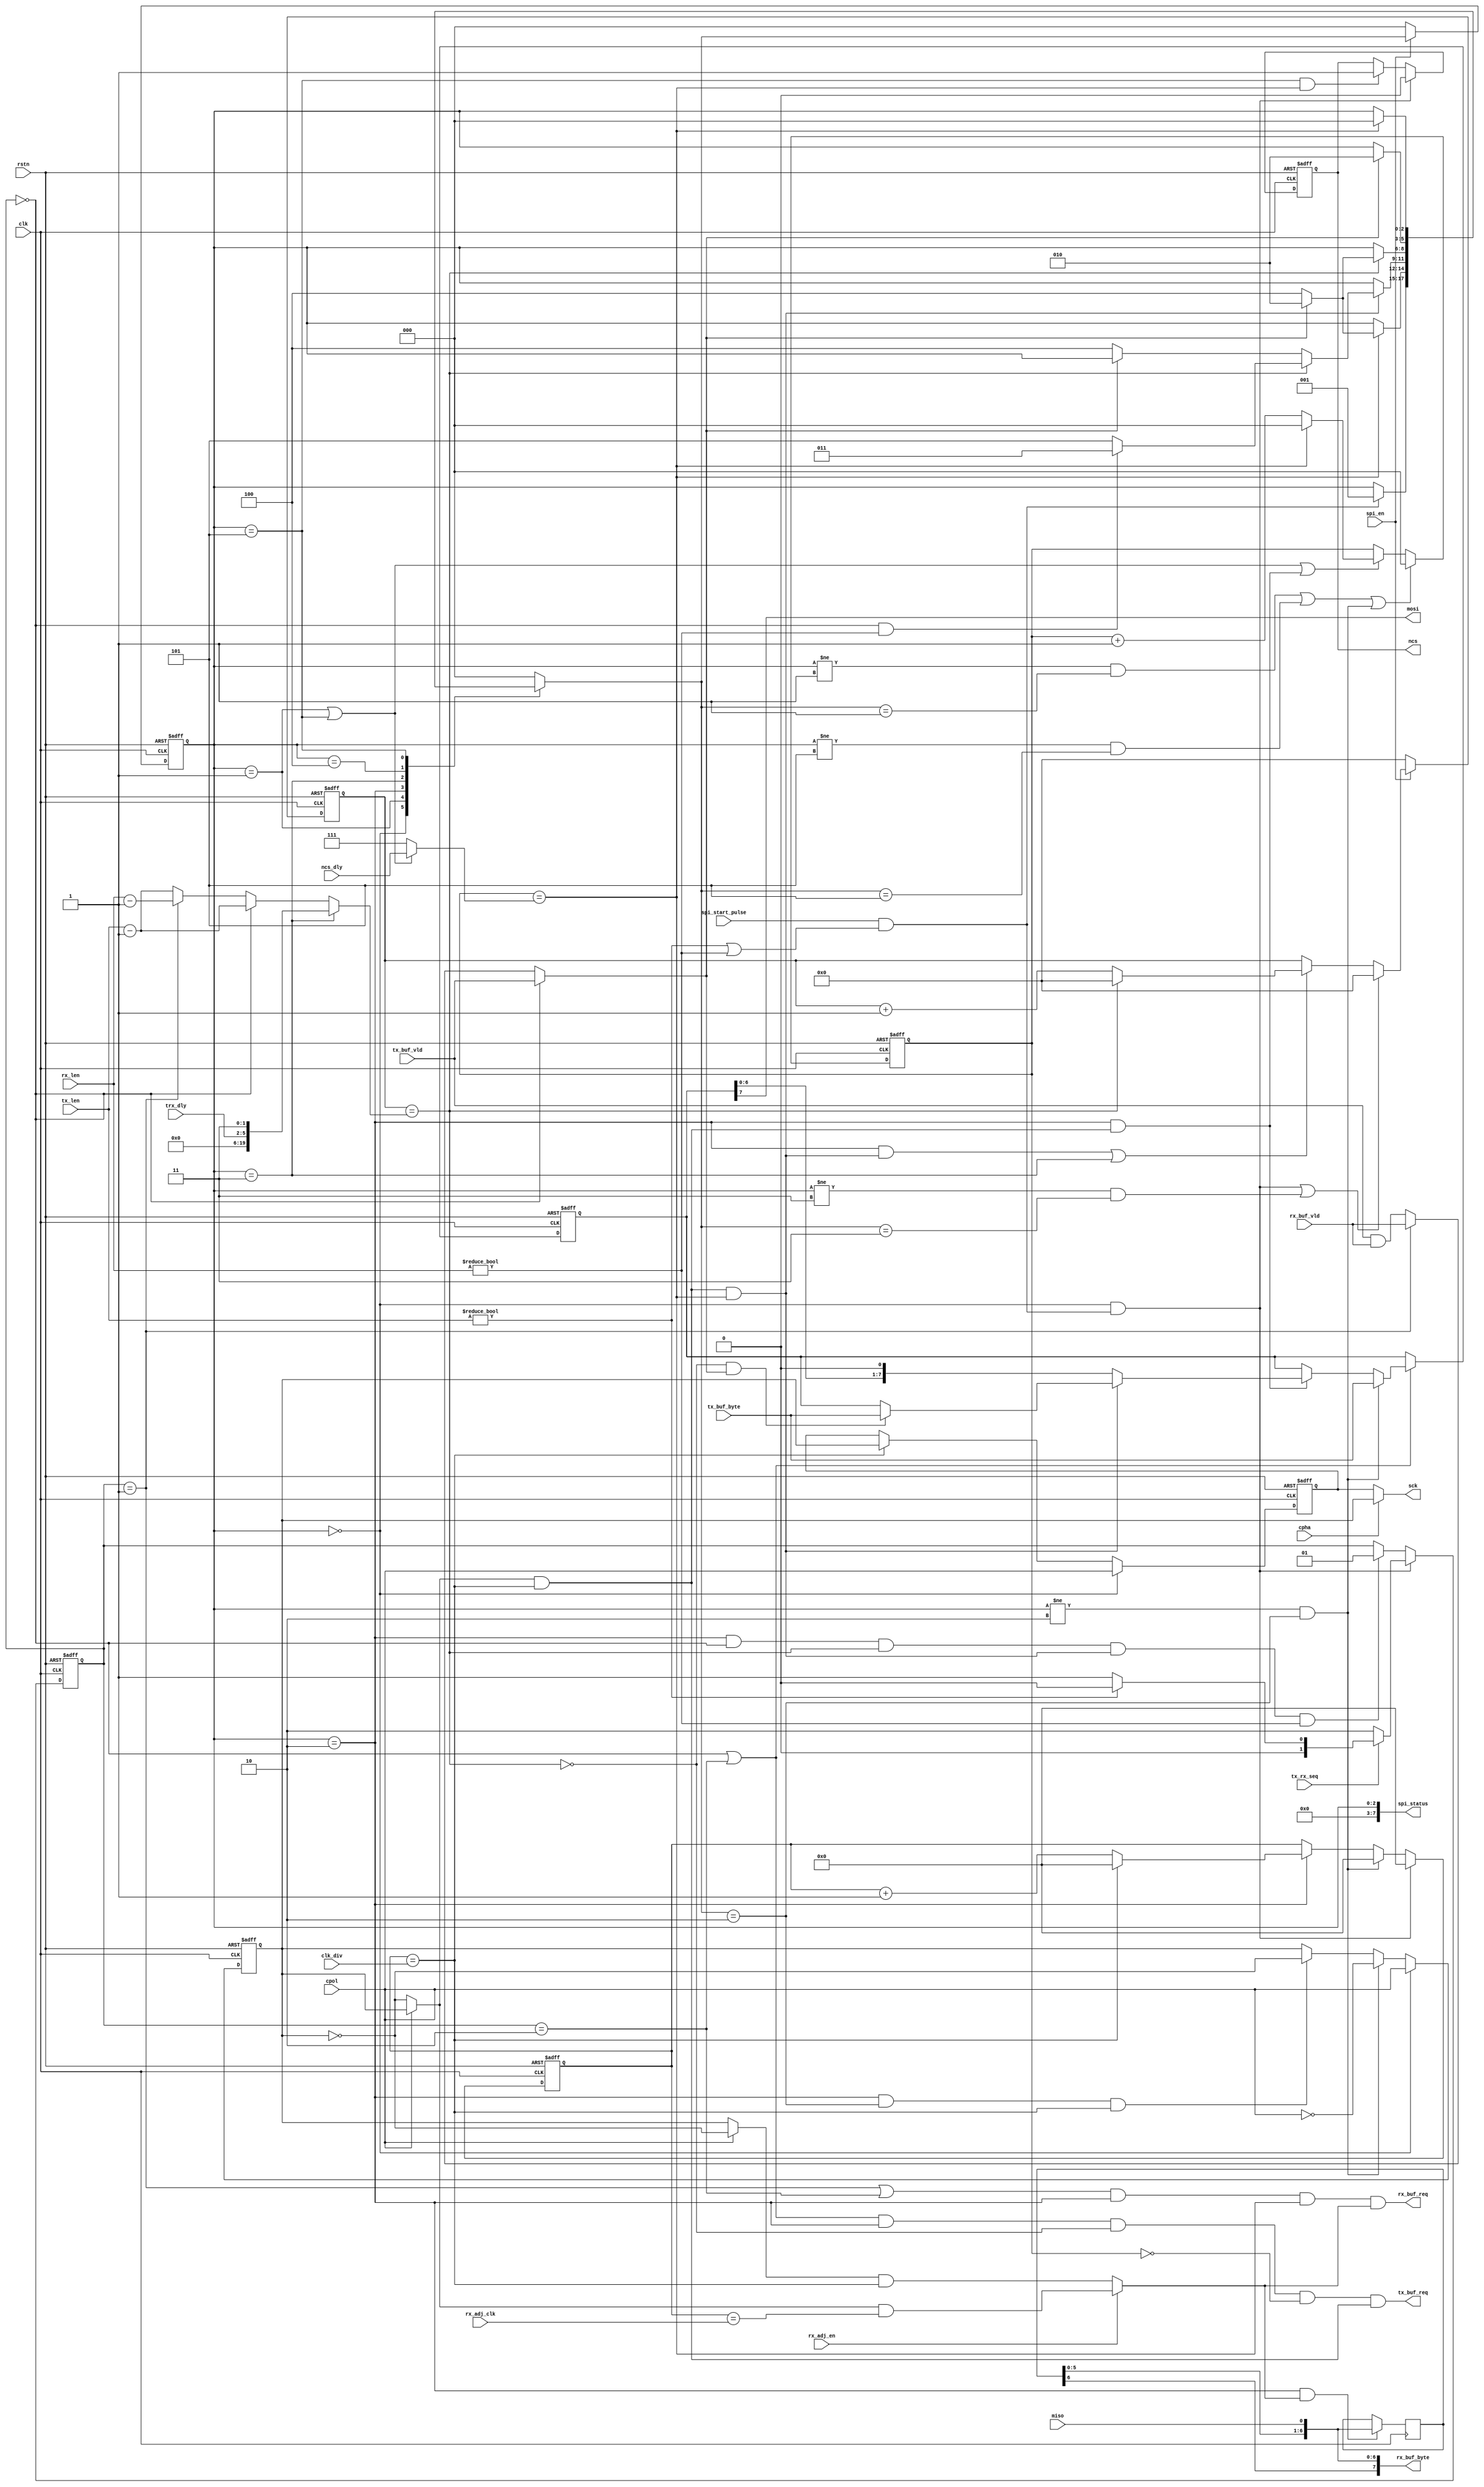


module spi_master (
    // sys
    input                           rstn,
    input                           clk,
    // byte intf
    input                           tx_buf_vld, // one data byte valid to be transmitted
    input       [7:0]               tx_buf_byte,
    output                          tx_buf_req,
    output                          rx_buf_req,
    output      [7:0]               rx_buf_byte,
    input                           rx_buf_vld, // rx buffer is empty to receive one byte
    // reg
    input                           spi_en,
    input                           spi_start_pulse,
    input                           tx_rx_seq,
    input       [19:0]              tx_len,
    input       [19:0]              rx_len,
    input       [3 :0]              clk_div,
    input                           cpha,
    input                           cpol,
    input                           rx_adj_en,
    input       [3 :0]              rx_adj_clk,
    input       [2 :0]              ncs_dly,
    input       [3 :0]              trx_dly,
    // spi pin
    output reg                      ncs,
    output                          sck,
    output                          mosi,
    input                           miso,
    // status
    output      [7:0]               spi_status
);

// macro
localparam IDLE                 = 3'd0;
localparam NCS_LOW              = 3'd1;
localparam DATA_BYTE            = 3'd2;
localparam TX_RX_DELAY          = 3'd3;
localparam WAIT_BUF             = 3'd4;
localparam NCS_HIGH             = 3'd5;
// const
localparam SPI_TX               = 3'd0;
localparam SPI_RX               = 3'd1;
localparam SPI_TRANS            = 3'd2;
// signals
reg [2:0] st_curr, st_next; reg [1:0] trans_state; reg [2:0] bit_cnt; reg [19:0] byte_cnt; reg [3:0] clk_cnt;
wire [2:0] bit_cnt_max; wire [19:0] byte_cnt_max;
wire bit_cnt_end, bit_end, byte_cnt_end, clk_cnt_end, trx_dly_end;
wire buf_valid, ncs_dly_end, rx_data_en, tx_data_en, tx_edge, rx_edge;
reg sck_raw, sck_shift; reg [7:0] tx_shift; reg [6:0] rx_shift;

//---------------------------------------------------------------------------
// Assignment
//---------------------------------------------------------------------------
// en & start
assign tx_data_en                   = tx_len != 0;
assign rx_data_en                   = rx_len != 0;
assign spi_start                    = spi_start_pulse & (tx_data_en | rx_data_en);
// clk
assign clk_cnt_end                  = clk_cnt == clk_div;
assign tx_edge                      = (cpol ? ( sck_raw) : (~sck_raw)) & clk_cnt_end;
assign rx_edge                      = rx_adj_en ? 
                                        ((cpol ? ( sck_raw) : (~sck_raw)) & (clk_cnt == rx_adj_clk)) :
                                        ((cpol ? (~sck_raw) : ( sck_raw)) & clk_cnt_end);
assign buf_valid                    = trans_state == SPI_TX ? tx_buf_vld :          // tx only
                                      trans_state == SPI_RX ? rx_buf_vld :          // rx only
                                      (tx_buf_vld & rx_buf_vld);                    // tx & rx
// bit cnt
assign bit_cnt_max                  = (st_curr == NCS_LOW || st_curr == NCS_HIGH) ? ncs_dly : 3'h7;
assign bit_cnt_end                  = (bit_cnt == bit_cnt_max);
assign bit_end                      = tx_edge & bit_cnt_end;
assign ncs_dly_end                  = bit_cnt_end;
// byte cnt
assign byte_cnt_max                 = st_curr == TX_RX_DELAY ? {trx_dly[3:0], 2'b11} :
                                      trans_state == SPI_TX ? tx_len - 1 :
                                      trans_state == SPI_RX ? rx_len - 1 : tx_len - 1; // default, tx_len ???
assign byte_cnt_end                 = (byte_cnt == byte_cnt_max);
assign trx_dly_end                  = byte_cnt_end;
// buf
assign tx_buf_req                   = (trans_state == SPI_TX || trans_state == SPI_TRANS) && (st_curr == DATA_BYTE) && (~byte_cnt_end) && (bit_cnt == 0) && tx_edge;
assign rx_buf_req                   = (trans_state == SPI_RX || trans_state == SPI_TRANS) && (st_curr == DATA_BYTE) && bit_cnt_end && rx_edge;
assign rx_buf_byte                  = {rx_shift[6:0], miso};
//---------------------------------------------------------------------------
// Syn
//---------------------------------------------------------------------------
// clk_cnt
always @(posedge clk or negedge rstn)
    if (~rstn)
        clk_cnt <= 0;
    else if (st_curr == IDLE && spi_start)
        clk_cnt <= 0;
    else if (st_curr != DATA_BYTE && st_next == DATA_BYTE)
        clk_cnt <= 0;
    //else if (st_curr == DATA_BYTE && st_next == DATA_BYTE) begin
    else if (st_curr == DATA_BYTE) begin
        if (clk_cnt_end)
            clk_cnt <= 0;
        else
            clk_cnt <= clk_cnt + 1;
    end
// sck_raw
always @(posedge clk or negedge rstn)
    if (~rstn)
        sck_raw <= 0;
    else if (st_curr == IDLE)
        sck_raw <= cpol;
    else if (st_curr != DATA_BYTE && st_next == DATA_BYTE)
        sck_raw <= ~cpol;
    else if (st_curr == DATA_BYTE && st_next == DATA_BYTE && clk_cnt_end)
        sck_raw <= ~ sck_raw;
// sck_shift
always @(posedge clk or negedge rstn)
    if (~rstn)
        sck_shift <= 0;
    else if (st_curr == IDLE)
        sck_shift <= cpol;
    else if (clk_cnt_end)
        sck_shift <= sck_raw;
// bit_cnt
always @(posedge clk or negedge rstn)
    if (~rstn)
        bit_cnt <= 0;
    else if ((st_curr != NCS_LOW && st_next == NCS_LOW) || (st_curr != NCS_HIGH && st_next == NCS_HIGH) || (st_curr != DATA_BYTE && st_next == DATA_BYTE))
        bit_cnt <= 0;
    else if ((st_curr == NCS_LOW) || (st_curr == NCS_HIGH) || (st_curr == DATA_BYTE && tx_edge == 1)) begin
        if (bit_cnt_end)
            bit_cnt <= 0;
        else
            bit_cnt <= bit_cnt + 1;
    end
// byte_cnt
always @(posedge clk or negedge rstn)
    if (~rstn)
        byte_cnt <= 0;
    else if (~spi_en)
        byte_cnt <= 0;
    else if ((st_curr == IDLE && spi_start) || (st_curr != TX_RX_DELAY && st_next == TX_RX_DELAY))
        byte_cnt <= 0;
    else if ((st_curr == DATA_BYTE && bit_end) || (st_curr == TX_RX_DELAY)) begin
        if (byte_cnt_end)
            byte_cnt <= 0;
        else
            byte_cnt <= byte_cnt + 1;
    end
// tx_shift, shift dir ???
always @(posedge clk or negedge rstn)
    if (~rstn)
        tx_shift <= 0;
    else if (trans_state == SPI_TX || trans_state == SPI_TRANS) begin
        if (st_curr != DATA_BYTE && st_next == DATA_BYTE) begin
            tx_shift <= tx_buf_byte;
        end
        else if (st_curr == DATA_BYTE && tx_edge) begin
            if (~bit_end)
                tx_shift <= {tx_shift[6:0], 1'b0};
            else if (~byte_cnt_end & buf_valid)
                tx_shift <= tx_buf_byte;
        end
    end
    else begin // default ???
        tx_shift <= tx_shift;
    end
// rx_shift, shift dir ???
always @(posedge clk)
    if (st_curr == DATA_BYTE && rx_edge) begin
        rx_shift <= {rx_shift[5:0], miso};
    end
// trans_state
always @(posedge clk or negedge rstn)
    if (~rstn)
        trans_state <= 0;
    else if (st_curr == IDLE && spi_start) begin
        if (tx_rx_seq) begin
            if (tx_data_en)
                trans_state <= SPI_TX;
            else
                trans_state <= SPI_RX;
        end
        else begin
            trans_state <= SPI_TRANS;
        end
    end
    else if (st_curr == DATA_BYTE && trans_state == SPI_TX && byte_cnt_end && bit_end && rx_data_en) begin
        trans_state <= SPI_RX;
    end
//---------------------------------------------------------------------------
// FSM
//---------------------------------------------------------------------------
// fsm_sync
always @(posedge clk or negedge rstn)
    if (~rstn)
        st_curr <= IDLE;
    else if (~spi_en)
        st_curr <= IDLE;
    else
        st_curr <= st_next;
// fsm_comb
always @(*) begin
    // init
    st_next = st_curr;
    // trans
    case (st_curr)
        IDLE: begin
            if (spi_start)
                st_next = NCS_LOW;
        end
        NCS_LOW: begin // ncs low delay & check buffer
            if (ncs_dly_end) begin
                if (buf_valid)
                    st_next = DATA_BYTE;
                else
                    st_next = WAIT_BUF;
            end
        end
        DATA_BYTE: begin // data byte trans & check buffer
            if (bit_end) begin
                if (byte_cnt_end) begin
                    if (trans_state == SPI_TX && rx_data_en != 0)
                        st_next = TX_RX_DELAY;
                    else
                        st_next = NCS_HIGH;
                end
                else if (~buf_valid)
                    st_next = WAIT_BUF;
            end
        end
        TX_RX_DELAY: begin // tx rx delay & check buffer
            if (trx_dly_end) begin
                if (buf_valid)
                    st_next = DATA_BYTE;
                else
                    st_next = WAIT_BUF;
            end
        end
        WAIT_BUF: begin
            if (buf_valid)
                st_next = DATA_BYTE;
        end
        NCS_HIGH: begin
            if (ncs_dly_end)
                st_next = IDLE;
        end
        default: begin
            st_next = IDLE;
        end
    endcase
end
//---------------------------------------------------------------------------
// Output
//---------------------------------------------------------------------------
// ncs
always @(posedge clk or negedge rstn)
    if (~rstn)
        ncs <= 1;
    else if (st_curr == IDLE && spi_start)
        ncs <= 0;
    else if (st_curr == NCS_HIGH && ncs_dly_end)
        ncs <= 1;
// output
assign sck                      = cpha ? sck_raw : sck_shift;
assign mosi                     = tx_shift[7];
assign spi_status               = { 4'h0,                   // 7:4
                                    1'b0,                   // 3
                                    st_curr[2:0]};          // 2:0

endmodule